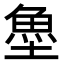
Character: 𩵘